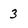
Character: 3